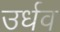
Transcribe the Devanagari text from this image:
उर्धव